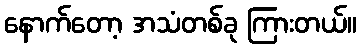
နောက်တော့ အသံတစ်ခု ကြားတယ်။